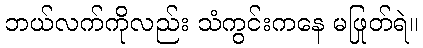
ဘယ်လက်ကိုလည်း သံကွင်းကနေ မဖြုတ်ရဲ။